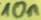
Text: 10n